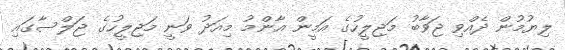
ލިޔުމުން ދެއްވި ޖަވާބު މަޖިލީހުގެ އަމީން އާންމު މިއަދު ވަނީ މަޖިލީހުގެ ޖަލްސާގައި